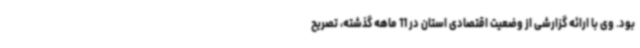
بود. وی با ارائه گزارشی از وضعیت اقتصادی استان در 11 ماهه گذشته، تصریح